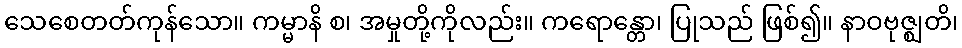
သေစေတတ်ကုန်သော။ ကမ္မာနိ စ၊ အမှုတို့ကိုလည်း။ ကရောန္တော၊ ပြုသည် ဖြစ်၍။ နာဝဗုဇ္ဈတိ၊